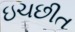
ઇચછીત